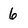
Character: 6